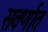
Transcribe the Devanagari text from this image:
सवर्णात